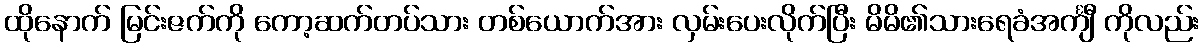
ထိုနောက် မြင်းဇက်ကို ကော့ဆက်တပ်သား တစ်ယောက်အား လှမ်းပေးလိုက်ပြီး မိမိ၏သားရေခံအင်္ကျီ ကိုလည်း